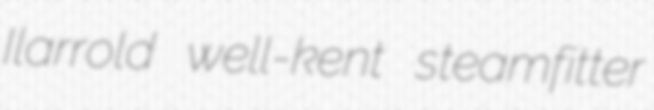
Ilarrold well-kent steamfitter